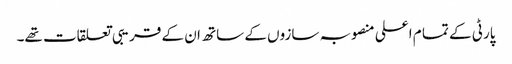
پارٹی کے تما م اعلی منصوبہ سازوں کے ساتھ ان کے قریبی تعلقات تھے۔